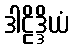
ဒါဠိဒ္ဒိယံ